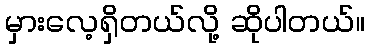
မှားလေ့ရှိတယ်လို့ ဆိုပါတယ်။